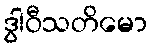
ဒွါဝီသတိမော